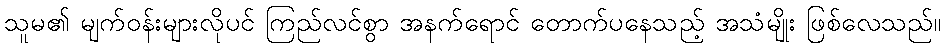
သူမ၏ မျက်ဝန်းများလိုပင် ကြည်လင်စွာ အနက်ရောင် တောက်ပနေသည့် အသံမျိုး ဖြစ်လေသည်။